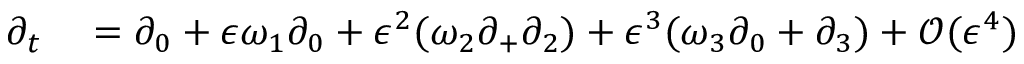
\begin{array} { r l } { \partial _ { t } } & { { } = \partial _ { 0 } + \epsilon \omega _ { 1 } \partial _ { 0 } + \epsilon ^ { 2 } ( \omega _ { 2 } \partial _ { + } \partial _ { 2 } ) + \epsilon ^ { 3 } ( \omega _ { 3 } \partial _ { 0 } + \partial _ { 3 } ) + \mathcal { O } ( \epsilon ^ { 4 } ) } \end{array}